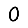
Digit: 0